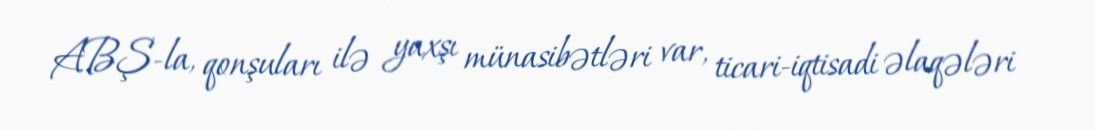
ABŞ-la, qonşuları ilə yaxşı münasibətləri var, ticari-iqtisadi əlaqələri